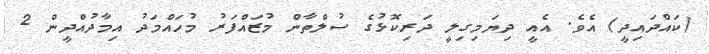
(ކައްދައިދީ) އެވެ. އެއީ ދިޔަމިގިލީ ދަރިކޮޅުގެ ސުލްތާން މުޒައްފަރު މުހައްމަދު އިމާދުއްދީން 2